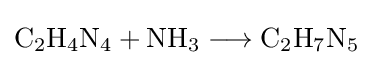
\mathrm {C_{2}H_{4}N_{4}+NH_{3}\longrightarrow C_{2}H_{7}N_{5}}